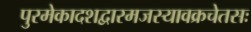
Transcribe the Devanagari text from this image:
पुरमेकादशद्वारमजस्यावक्रचेतसः